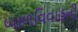
બાળવિવાહની